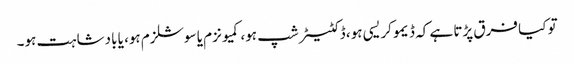
تو کیا فرق پڑتا ہے کہ ڈیموکریسی ہو، ڈکٹیٹر شپ ہو، کمیونزم یا سوشلزم ہو، یا بادشاہت ہو۔